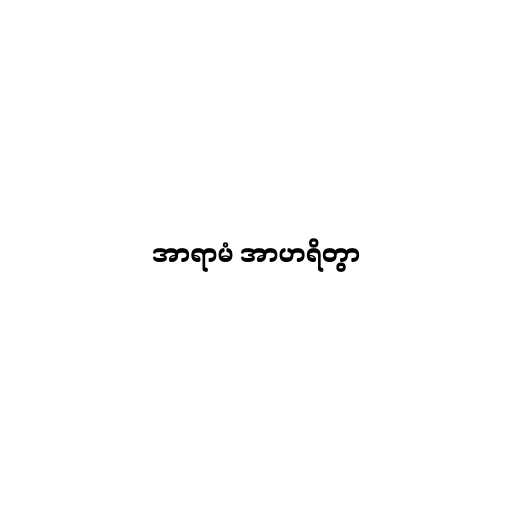
အာရာမံ အာဟရိတွာ